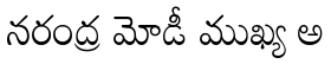
నరంద్ర మోడీ ముఖ్య అ